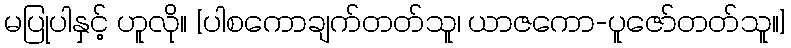
မပြုပါနှင့် ဟူလို။ [ပါစကောချက်တတ်သူ၊ ယာဇကော-ပူဇော်တတ်သူ။]